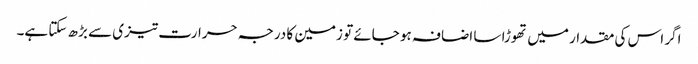
اگر اس کی مقدار میں تھوڑا سا اضافہ ہو جائے تو زمین کا درجہ حرارت تیزی سے بڑھ سکتا ہے۔